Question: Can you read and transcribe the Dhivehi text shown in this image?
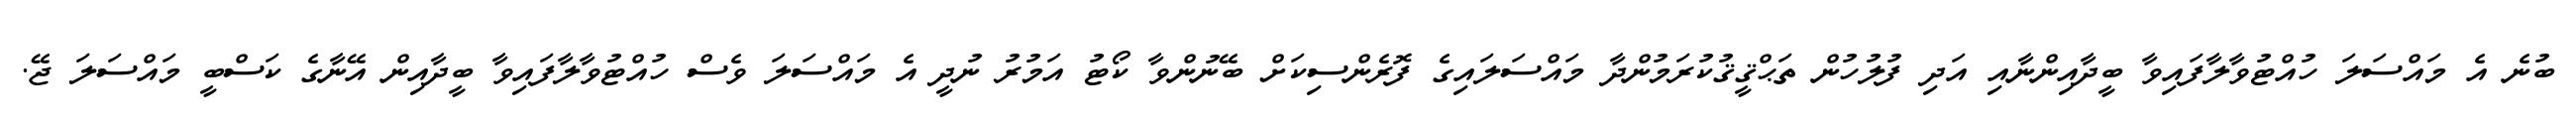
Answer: ބުނެ އެ މައްސަލަ ހުއްޓުވާލާފައިވާ ބީދާއިންނާއި އަދި ފުލުހުން ތަޙްޤީޤުކުރަމުންދާ މައްސަލައިގެ ފޮރެންސިކަށް ބޭނުންވާ ކޯޓު އަމުރު ނުދީ އެ މައްސަލަ ވެސް ހުއްޓުވާލާފައިވާ ބީދާއިން އޭނާގެ ކަސްބީ މައްސަލަ ޖޭ.